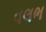
વલભ